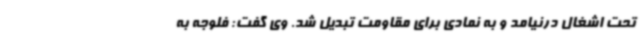
تحت اشغال درنیامد و به نمادی برای مقاومت تبدیل شد. وی گفت: فلوجه به